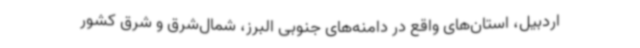
اردبیل، استان‌های واقع در دامنه‌های جنوبی البرز، شمال‌شرق و شرق کشور